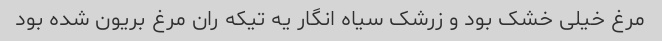
مرغ خیلی خشک بود و زرشک سیاه انگار یه تیکه ران مرغ بریون شده بود